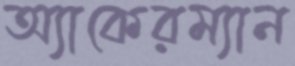
অ্যাকেরম্যান